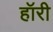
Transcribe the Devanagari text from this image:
हॉरी